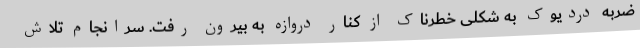
ضربه دردیوک به شکلی خطرناک از کنار دروازه به بیرون رفت. سرانجام تلاش